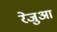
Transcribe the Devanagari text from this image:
रेजुआ